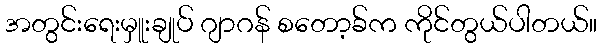
အတွင်းရေးမှူးချုပ် ဂျာဂန် စတော့ခ်က ကိုင်တွယ်ပါတယ်။